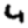
Digit: 4